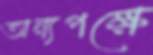
অন্যপক্ষে